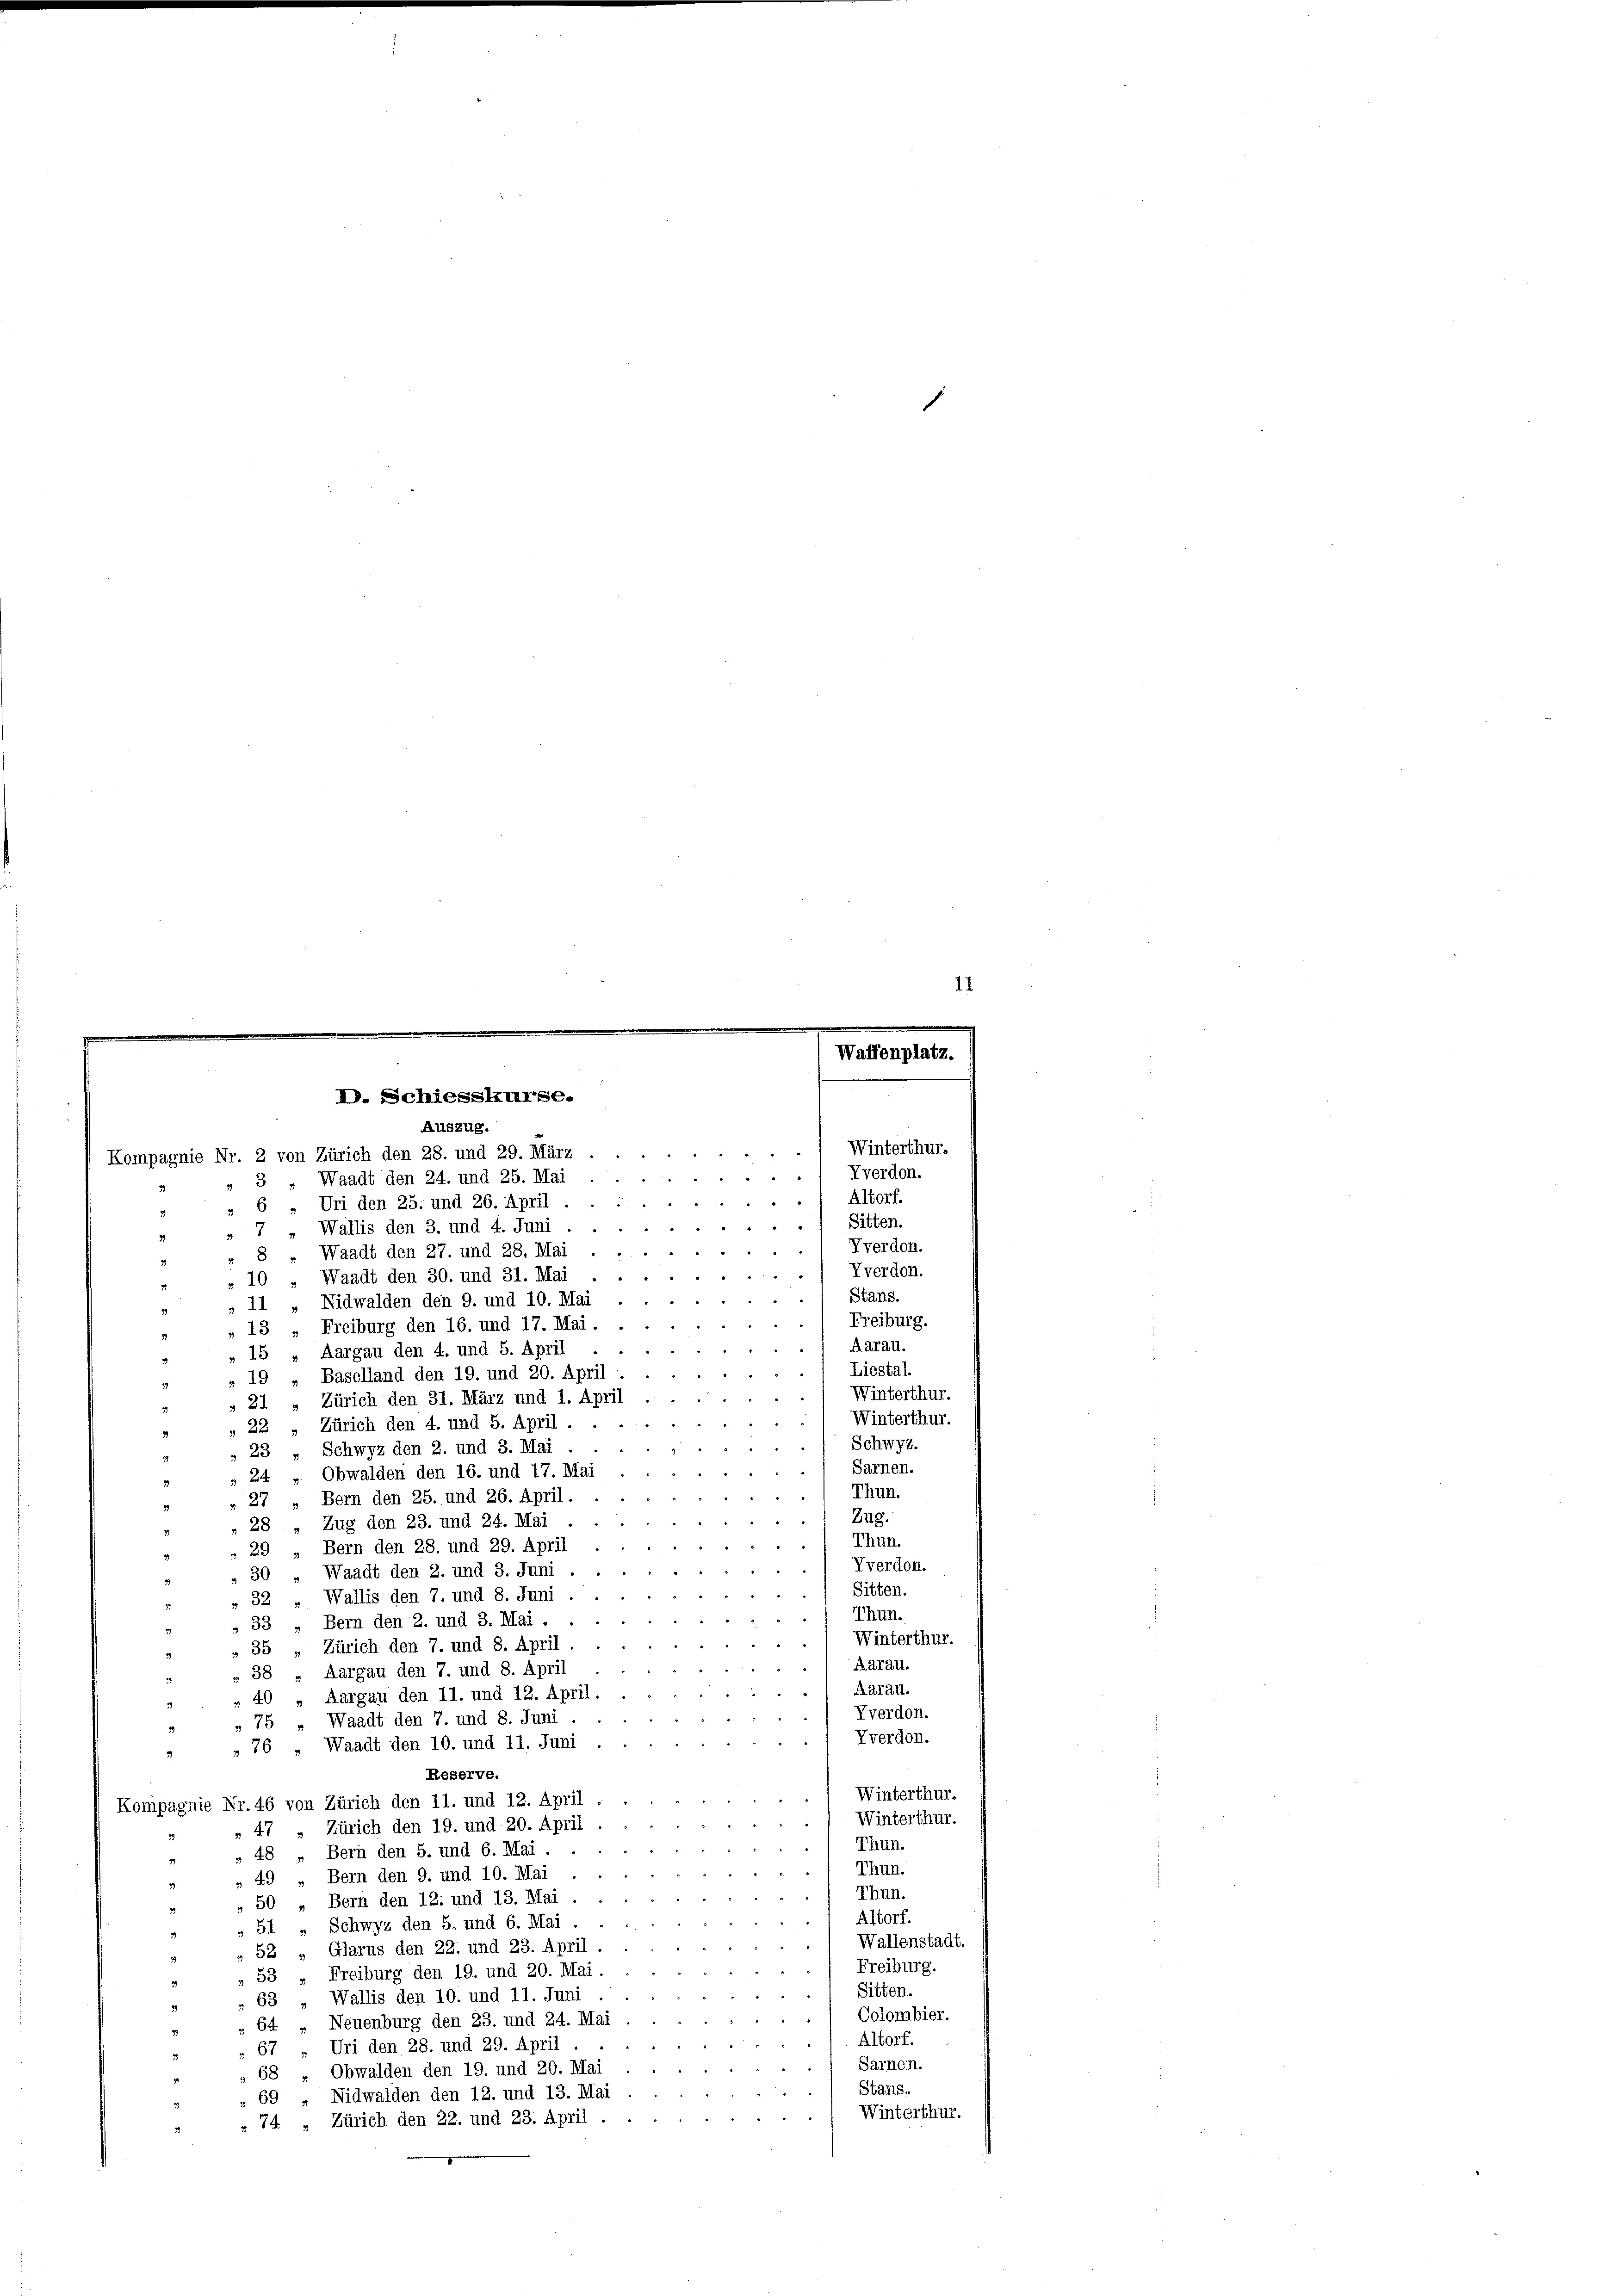
¬
11

d
3
Altorf.
Uri den 25. und 26. April
6
Sitten.
7 Wallis den 3. und 4. Juni
31
Vverdon.
2
» 8 „ Waadt den 27. und 28. Mai
Vverdon.
.
Waadt den 30. und 31. Mai
10
Stans.
s
11 „Nidwalden den 9. und 10. Mai
Freiburg.
13 „Freiburg den 16. und 17. Mai.
Aarau.
Aargau den 4. und 5. April
15
Liestal.
Baselland den 19. und 20. April
19
Winterthur.
21 „Zürich den 31. März und 1. April
Winterthur.
Zürich den 4. und 5. April.
22
Schwyz.
23 „ Schwyz den 2. und 3. Mai .
Sarnen.
24 „Obwalden den 16. und 17. Mai
Thun.
Bern den 25. und 26. April.
27
Zug.
Zug den 23. und 24. Mai .
28
Thun.
29 Bern den 28. und 29. April
Vverdon.
30 „Waadt den 2. und 3. Juni
Sitten.
Wallis den 7. und 8. Juni
32
Thun.
Bern den 2. und 3. Mai.
33
Winterthur.
Zürich den 7. und 8. April.
35
Aarau.
Aargau den 7. und 8. April
38
Aarau.
Aargau den 11. und 12. April.
40
Vverdon.
75 „Waadt den 7. und 8. Juni
Yverdon.
Waadt den 10. und 11. Juni
76
Reserve.
Winterthur.
Kompagnie Nr. 46 von Zürich den 11. und 12. April
Winterthur.
47 " Zürich den 19. und 20. April
Thun.
Bern den 5. und 6. Mai.
48
Thun.
» 49 „Bern den 9. und 10. Mai
Thun.
50 „Bern den 12. und 13. Mai
Altorf.
Schwyz den 5. und 6. Mai
51
Wallenstadt.
„52 „Glarus den 22. und 23. April.
Freiburg.
53 „Freiburg den 19. und 20. Mai.
Sitten.
Wallis den 10. und 11. Juni
63
39
Colombier.
Neuenburg den 23. und 24. Mai
64
3.
Altorf.
Uri den 28. und 29. April
67
Sarnen.
Obwalden den 19. und 20. Mai
68
3
Stans.
Nidwalden den 12. und 13. Mai
69
Winterthur.
» 74 „Zürich den 22. und 23. April.

D. Schiesskurse.
Auszug.
Kompagnie Nr. 2 von Zürich den 28. und 29. März
Waadt den 24. und 25. Mai
 13.

Waffenplatz.
Winterthur.
Tverdon.